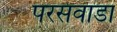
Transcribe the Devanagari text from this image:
परसवाडा